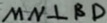
M N \bot B D